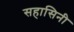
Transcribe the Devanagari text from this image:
सहासिनी